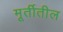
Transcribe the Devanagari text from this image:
मूर्तीतील